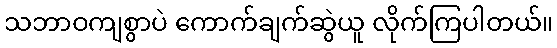
သဘာဝကျစွာပဲ ကောက်ချက်ဆွဲယူ လိုက်ကြပါတယ်။